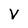
Character: V